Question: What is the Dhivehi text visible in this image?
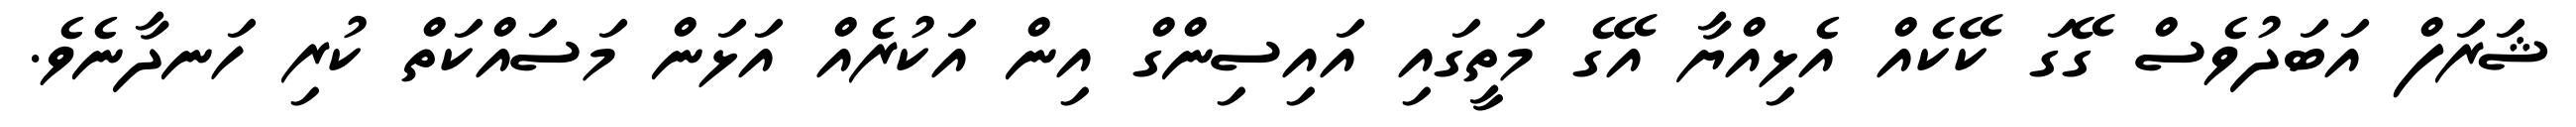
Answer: ޝަރަފް އަބަދުވެސް ގޭގަ ކޭކެއް އެޅިއްޔާ އޭގެ މަތީގައި އައިސިންގް އިން އަކުރެއް އަޅަން މަސައްކަތް ކުރި ހަނދާނެވެ.